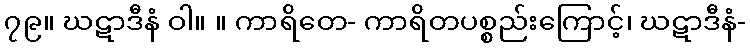
၇၉။ ဃဋာဒီနံ ဝါ။ ။ ကာရိတေ- ကာရိတပစ္စည်းကြောင့်၊ ဃဋာဒီနံ-